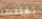
تقتلها